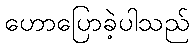
ဟောပြောခဲ့ပါသည်